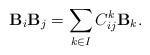
LaTeX: \begin{align*}{\bf B}_i{\bf B}_j=\sum_{k\in I}C_{ij}^k{\bf B}_k.\end{align*}